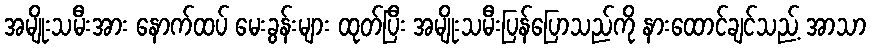
အမျိုးသမီးအား နောက်ထပ် မေးခွန်းများ ထုတ်ပြီး အမျိုးသမီးပြန်ပြောသည်ကို နားထောင်ချင်သည့် အာသာ